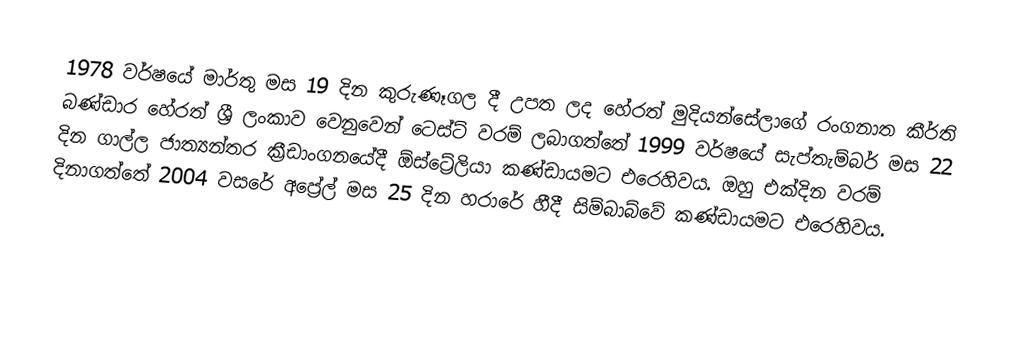
1978 වර්ෂයේ මාර්තු මස 19 දින කුරුණෑගල දී උපත ලද හේරත් මුදියන්සේලාගේ රංගනාත කීර්ති බණ්ඩාර හේරත් ශ්‍රී ලංකාව වෙනුවෙන් ටෙස්ට් වරම් ලබාගත්තේ 1999 වර්ෂයේ සැප්තැම්බර් මස 22 දින ගාල්ල ජාත්‍යන්තර ක්‍රීඩාංගනයේදී ඕස්ට්‍රේලියා කණ්ඩායමට එරෙහිවය. ඔහු එක්දින වරම් දිනාගත්තේ 2004 වසරේ අප්‍රේල් මස 25 දින හරාරේ හීදී සිම්බාබ්වේ කණ්ඩායමට එරෙහිවය.